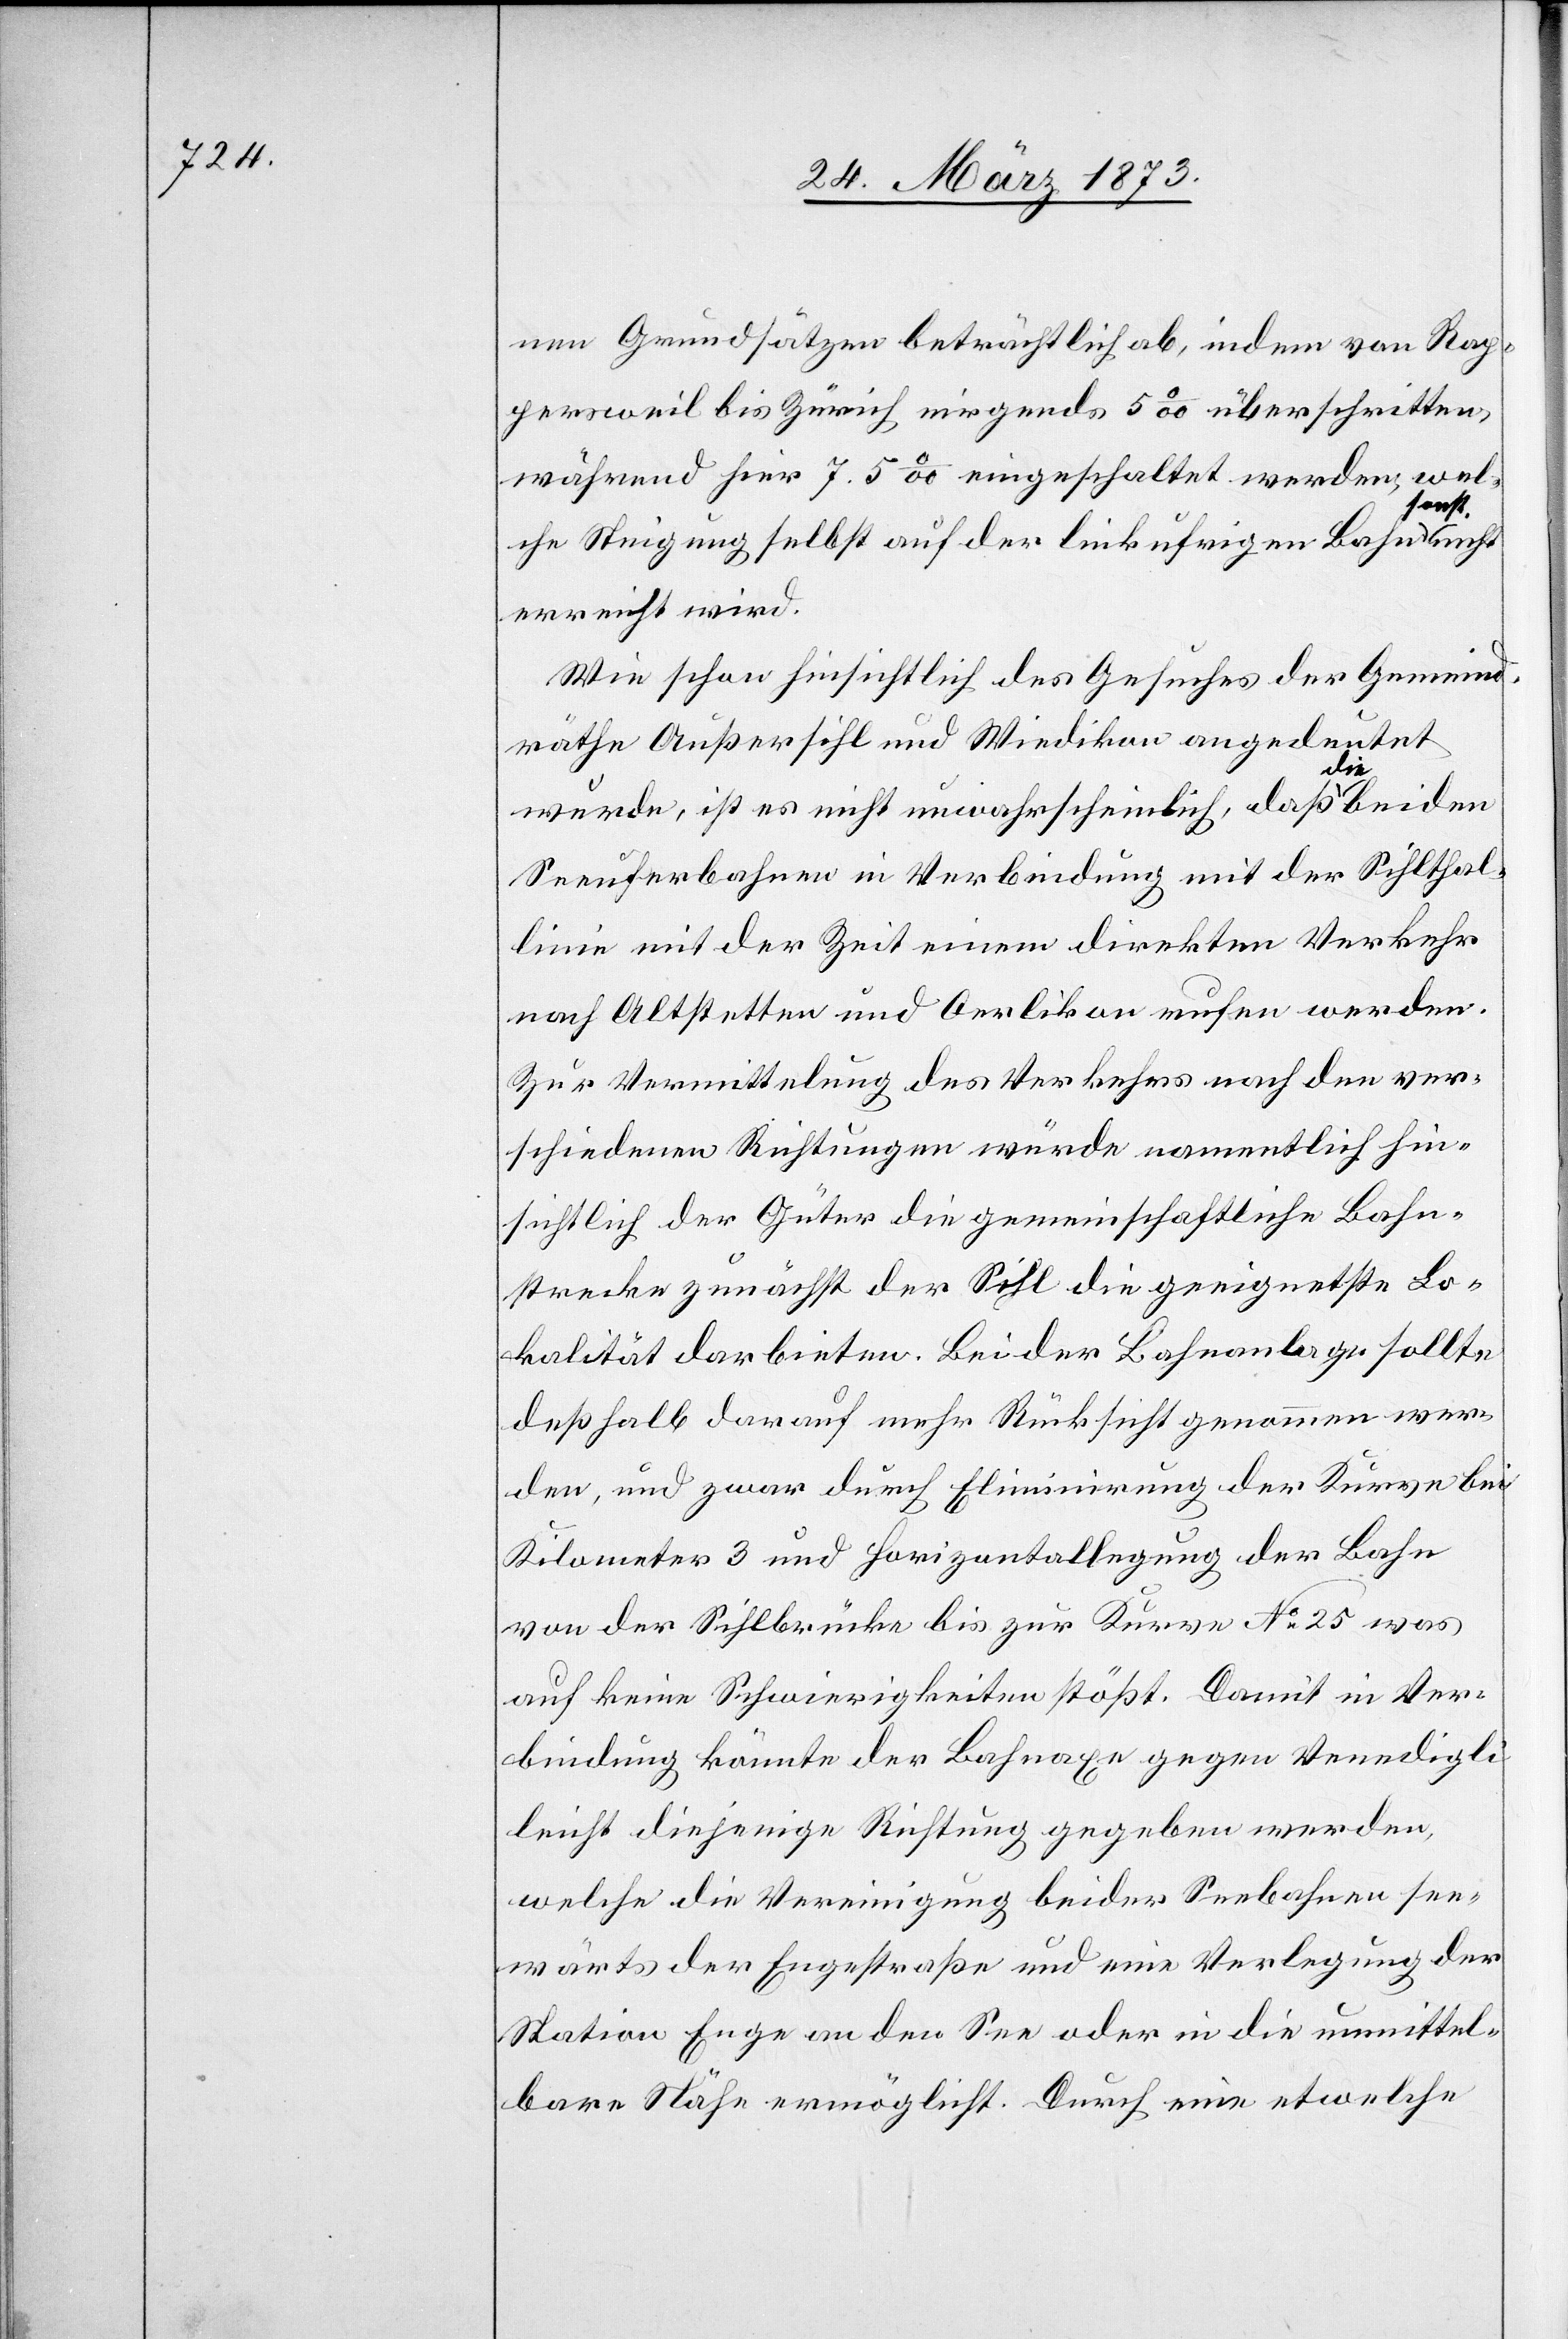
nen Grundsätzen beträchtlich ab, indem von Rap¬
persweil bis Zürich nirgends 5‰ überschritten,
während hier 7.5‰ eingeschaltet werden, wel¬
che Steigung selbst auf der linkufrigen Bahn sonst
erreicht wird.
Wie schon hinsichtlich des Gesuches der Gemeind¬
räthe Außersihl und Wiedikon angede¬
utet
wurde, ist es nicht unwahrscheinlich, daß die beiden
Seeuferbahnen in Verbindung mit der Sihlthal¬
linie mit der Zeit einem direkten Verkehr
nach Altstetten und Oerlikon rufen werden.
Zur Vermittelung des Verkehrs nach den ver¬
schiedenen Richtungen würde namentlich hin¬
sichtlich der Güter die gemeinschaftliche Bahn¬
strecke zunächst der Sihl die geeignetste Lo¬
kalität darbieten. Bei der Bahnanlage sollte
deßhalb darauf mehr Rücksicht genommen wer¬
den, und zwar durch Eliminierung der Kurve bei
Kilometer 3 und Horizontallegung der Bahn
von der Sihlbrücke bis zur Kurve No. 25[,] was
auf keine Schwierigkeiten stößt. Damit in Ver¬
bindung könnte der Bahnaxe gegen Venedigli
leicht diejenige Richtung gegeben werden,
welche die Vereinigung beider Seebahnen see¬
wärts der Engestraße und eine Verlegung der
Station Enge an den See oder in die unmittel¬
bare Nähe ermöglicht. Durch eine etwelche